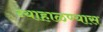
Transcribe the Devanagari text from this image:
न्याहाळण्यास